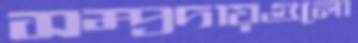
সম্প্রদায়গুলো